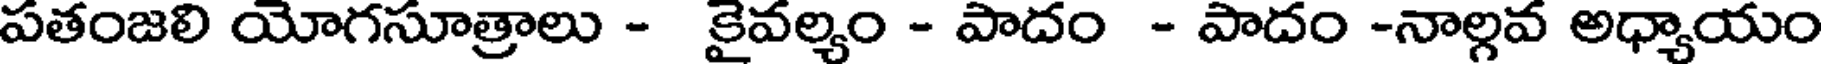
పతంజలి యోగసూత్రాలు - కైవల్యం - పాదం - పాదం -నాల్గవ అధ్యాయం